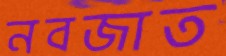
নবজাত